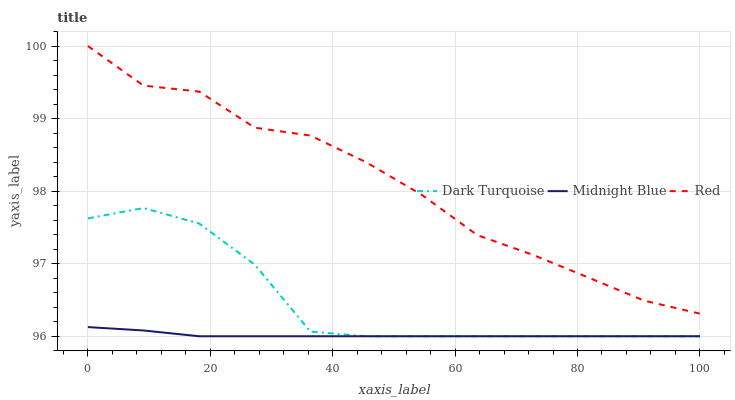
| xaxis_label | Dark Turquoise | Midnight Blue | Red |
 | --- | --- | --- | --- |
 | 0 | 97.6 | 96.1 | 100 |
 | 9.09 | 97.8 | 96.1 | 99.5 |
 | 18.2 | 97.6 | 96 | 99.4 |
 | 27.3 | 97 | 96 | 98.9 |
 | 36.4 | 96.1 | 96 | 98.8 |
 | 45.5 | 96 | 96 | 98.4 |
 | 54.5 | 96 | 96 | 97.9 |
 | 63.6 | 96 | 96 | 97.4 |
 | 72.7 | 96 | 96 | 97.1 |
 | 81.8 | 96 | 96 | 96.8 |
 | 90.9 | 96 | 96 | 96.5 |
 | 100 | 96 | 96 | 96.3 |